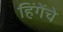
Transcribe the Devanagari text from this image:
हिंगेंचे